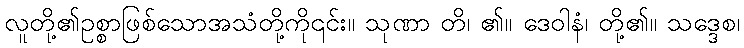
လူတို့၏ဥစ္စာဖြစ်သောအသံတို့ကို၎င်း။ သုဏာ တိ၊ ၏။ ဒေဝါနံ၊ တို့၏။ သဒ္ဒေစ၊